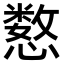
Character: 𫻍